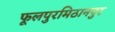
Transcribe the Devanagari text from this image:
फूलपुरमिठानपुर